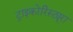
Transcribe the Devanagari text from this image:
ट्राइकोरिस्ट्यूरा